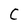
Character: C